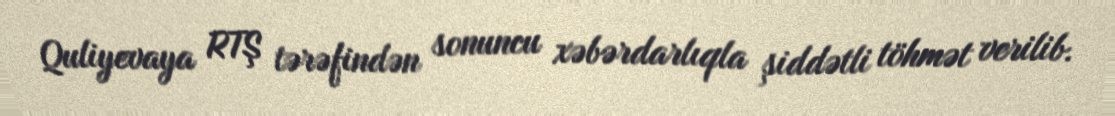
Quliyevaya RTŞ tərəfindən sonuncu xəbərdarlıqla şiddətli töhmət verilib.